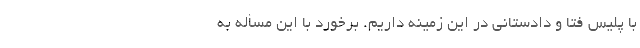
با پلیس فتا و دادستانی در این زمینه داریم. برخورد با این مسأله به